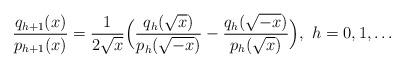
LaTeX: \begin{align*}\frac{q_{h+1}(x)}{p_{h+1}(x)}=\frac{1}{2\sqrt x}\Big(\frac{q_h(\sqrt x)}{p_h(\sqrt{-x})}-\frac{q_h(\sqrt {-x})}{p_h(\sqrt x)}\Big),~h=0,1,\dots\end{align*}